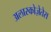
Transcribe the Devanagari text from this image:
अलास्कोज़ेतेस